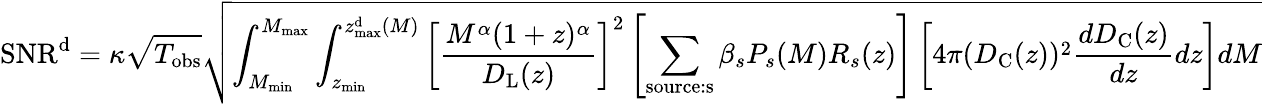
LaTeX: \mathrm{SNR}^{\mathrm{{d}}}=\kappa\sqrt{T_{\mathrm{obs}}}\sqrt{\int_{M_{\mathrm{min}}}^{M_{\mathrm{max}}}\int_{z_{\mathrm{min}}}^{z_{\mathrm{max}}^{\mathrm{{d}}}(M)}\left[\frac{M^{\alpha}(1+z)^{\alpha}}{D_{\mathrm{L}}(z)}\right]^{2}\left[\sum_{\mathrm{{source:s}}}\beta_{s}P_{s}(M)R_{s}(z)\right]\left[4\pi(D_{\mathrm{C}}(z))^{2}\frac{dD_{\mathrm{{C}}}(z)}{dz}dz\right]dM}